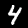
Digit: 4